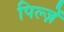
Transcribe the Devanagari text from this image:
पिल्ज़ें